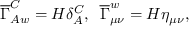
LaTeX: \overline { { { \Gamma } } } _ { A w } ^ { C } = { \cal H } \delta _ { A } ^ { C } , \, \, \, \overline { { { \Gamma } } } _ { \mu \nu } ^ { w } = { \cal H } \eta _ { \mu \nu } ,